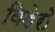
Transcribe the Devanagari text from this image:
विडेरो